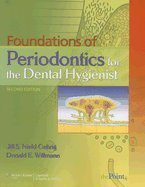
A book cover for Foundations of Periodontics for the Dental Hygienist _ 2ND EDITION; Medical Books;